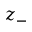
z _ { - }